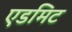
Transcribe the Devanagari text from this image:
एडमिट